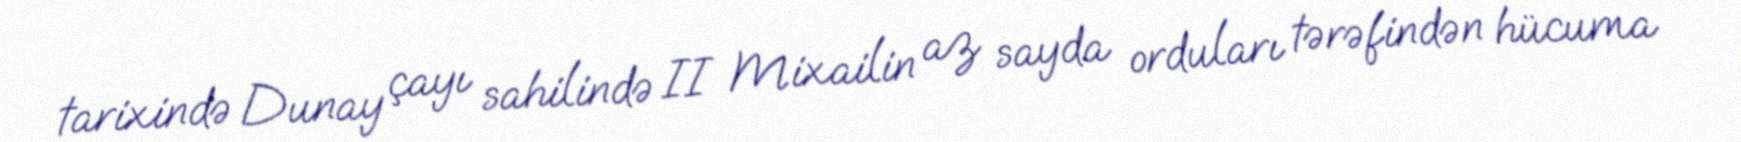
tarixində Dunay çayı sahilində II Mixailin az sayda orduları tərəfindən hücuma